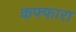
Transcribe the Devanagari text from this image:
कफ्फारा